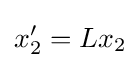
x_{2}'=Lx_{2}